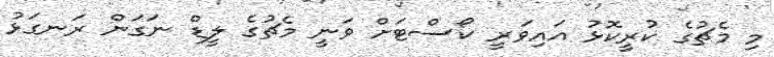
މި މެޗުގެ ކުރީކޮޅު އައިވަރީ ކޯސްޓަށް ވަނީ މެޗުގެ ލީޑް ނަގަން ރަނގަޅު